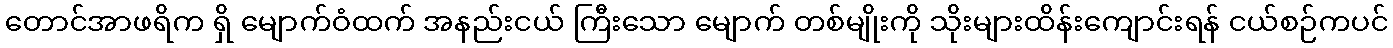
တောင်အာဖရိက ရှိ မျောက်ဝံထက် အနည်းငယ် ကြီးသော မျောက် တစ်မျိုးကို သိုးများထိန်းကျောင်းရန် ငယ်စဉ်ကပင်